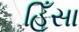
હિઁસા